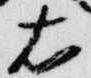
右